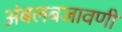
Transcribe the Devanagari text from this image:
अंबलबजावणी